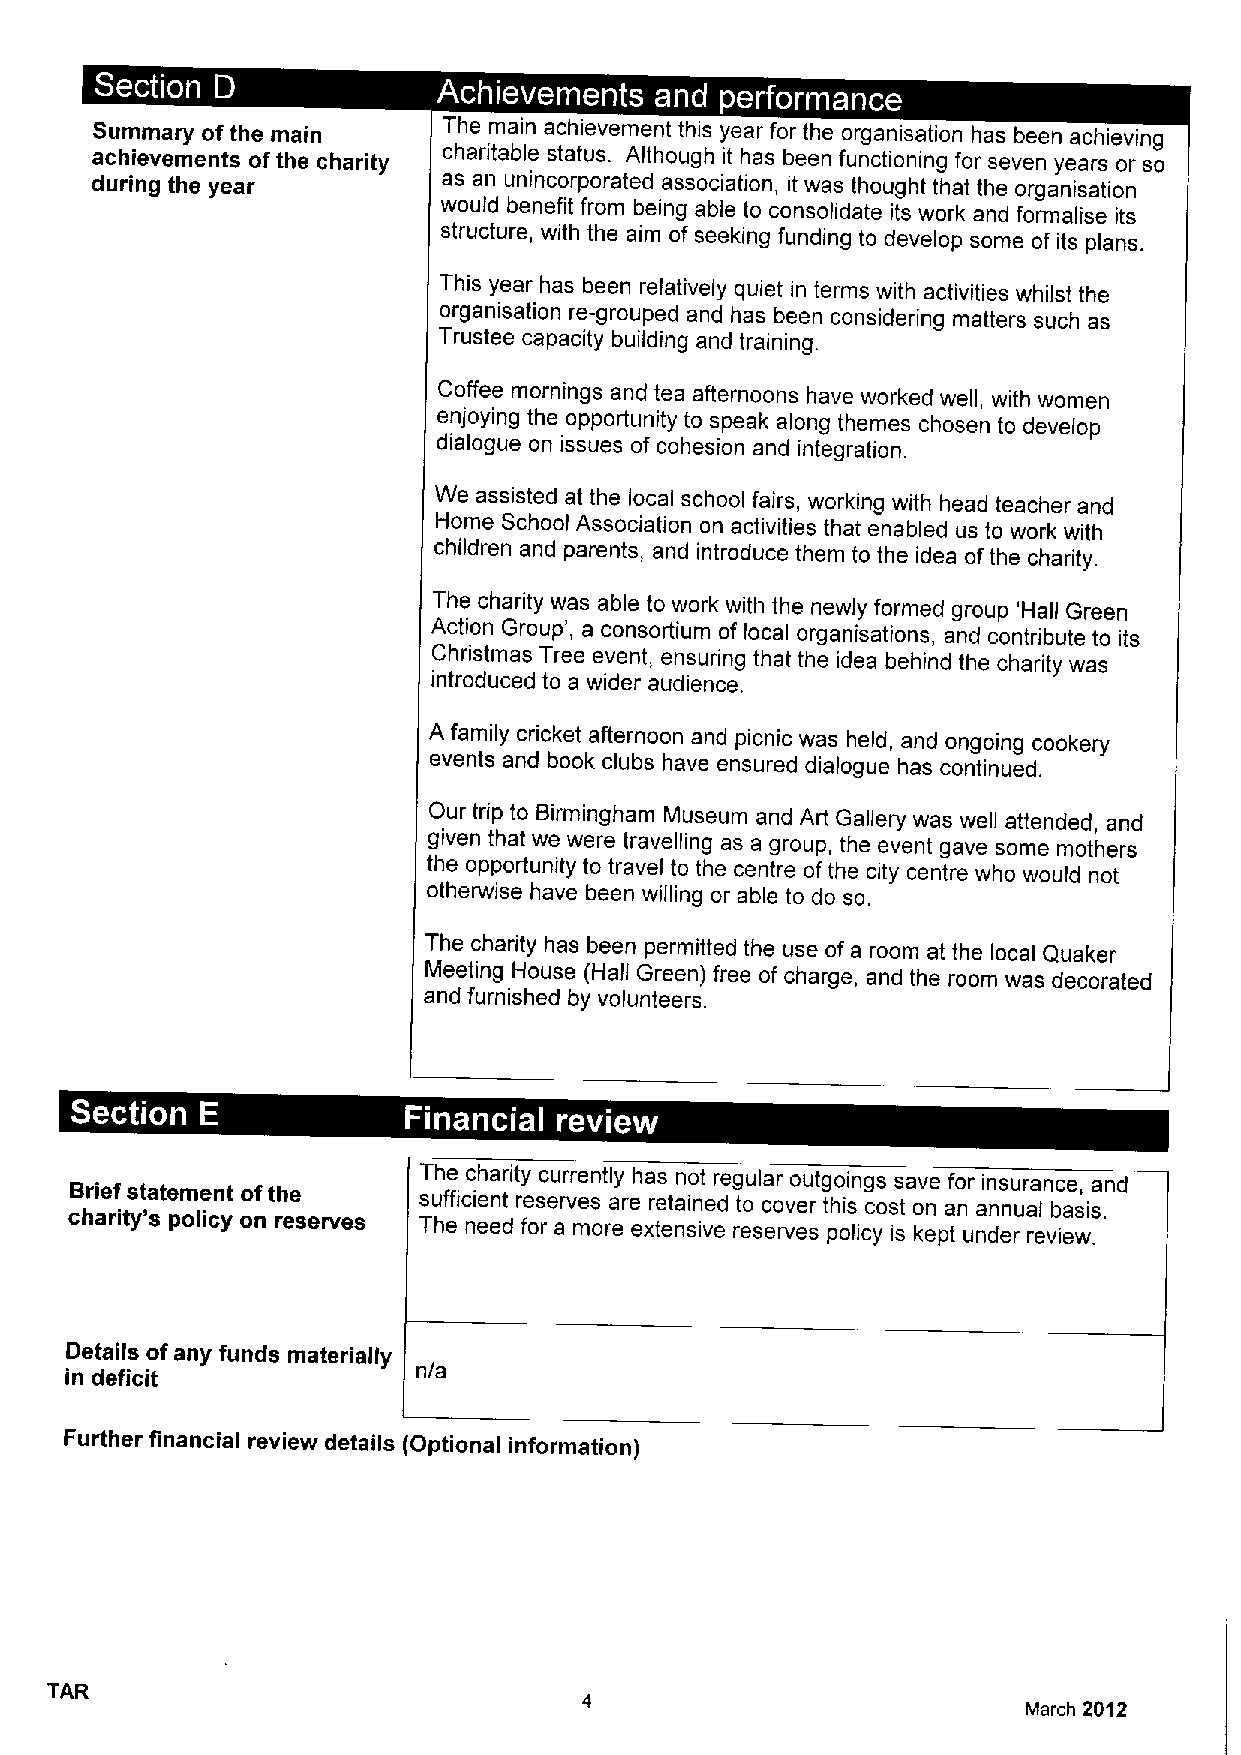
~  ~
 ~ ~   ~
 Summary ofthe main     The main achievement this year for the organisation has been achieving
 achievements ofthe charity charitable status. Although it has been functioning for seven years or so
 during the year        as an unincorporated association, it was thought that the organisation
 would benefit from being able to consolidate its work and formalise its
 structure, with the aim ofseeking funding to develop some of its plans.
 This year has been relatively quiet in terms with activities whilst the
 organisation re-grouped and has been considering matters such as
 Trustee capacity building and training.
 Coffee mornings and tea afternoons have worked well, with women
 enjoying the opportunity to speak along themes chosen to develop
 dialogue on issues of cohesion and integration.
 We assisted at the local school fairs, working with head teacher and
 Home School Association on activities that enabled us to work with
 children and parents, and introduce them to the idea ofthe charity.
 The charity was able to work with the newly formed group 'Hall Green
 Action Group', a consortium of local organisations, and contribute to its
 Christmas Tree event, ensuring that the idea behind the charity was
 introduced to a wider audience.
 A family cricket afternoon and picnic was held, and ongoing cookery
 events and book clubs have ensured dialogue has continued.
 Our trip to Birmingham Museum and Art Gallery was well attended, and
 given that we were travelling as a group, the event gave some mothers
 the opportunity to travel to the centre ofthe city centre who would not
 otherwise have been willing or able to do so.
 The charity has been permitted the use of a room at the local Quaker
 Meeting House (Hall Green) free of charge, and the room was decorated
 and furnished by volunteers.
 Brief statement ofthe  The charity currently has not regular outgoings save for insurance, and
 charity's policy on reserves Tsu hf efic nie en et d r fe os rer ave ms oreare exr te et na sin ive ed rt eo sec ro vv ee sr t ph ois licc yos ist o kn eptan una dn en rual revb iea wsi .s.
 Details ofany funds materially
 in deficit              n/a
 Further financial review details (Optional information)
 TAR
 March 2012